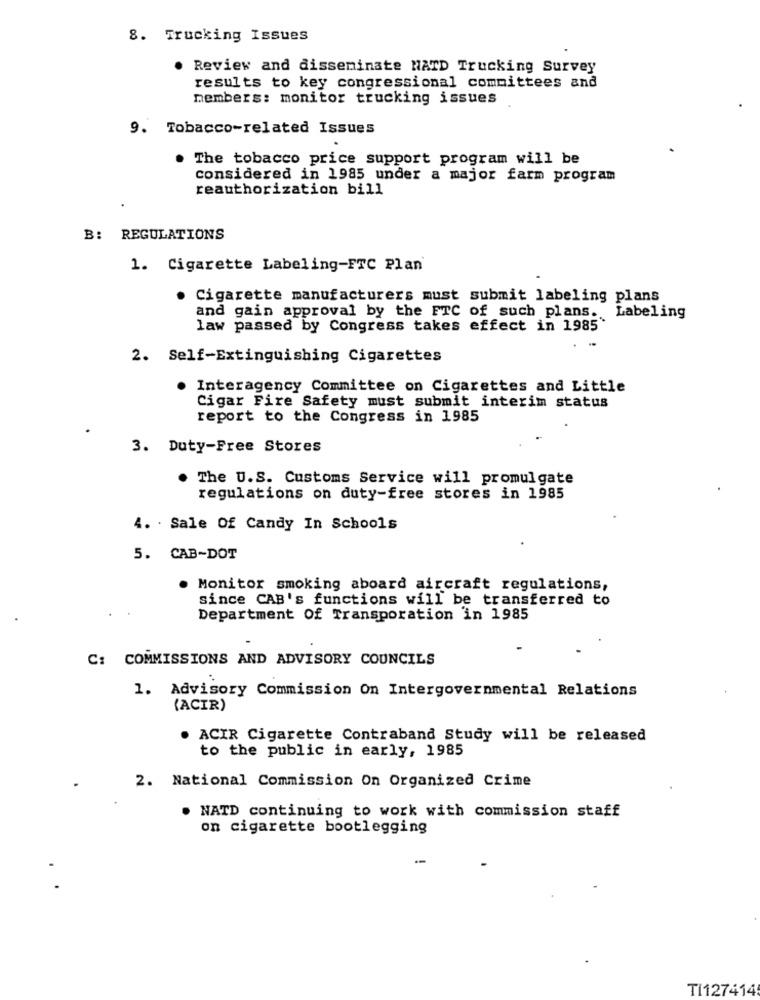
8. Trucking Issues
. Review and disseminate MATD Trucking Survey
results to key congressional committees and
members: monitor trucking issues
9. Tobacco-related Issues
. The tobacco price support program will be
considered in 1985 under a major farm program
reauthorization bill
B: REGULATIONS
1. Cigarette Labeling-FTC Plan
. Cigarette manufacturers must submit labeling plans
and gain approval by the FTC of such plans. Labeling
law passed by Congress takes effect in 1985"
2. Self-Extinguishing Cigarettes
. Interagency Committee on Cigarettes and Little
Cigar Fire Safety must submit interim status
report to the Congress in 1985
3. Duty-Free Stores
. The U.S. Customs Service will promulgate
regulations on duty-free stores in 1985
4. . Sale Of Candy In Schools
5. CAB-DOT
. Monitor smoking aboard aircraft regulations,
since CAB's functions will be transferred to
Department Of Transporation in 1985
C: COMMISSIONS AND ADVISORY COUNCILS
1. Advisory Commission On Intergovernmental Relations
(ACIR)
ACIR Cigarette Contraband Study will be released
to the public in early, 1985
2. National Commission On Organized Crime
. NATD continuing to work with commission staff
on cigarette bootlegging
TI127414